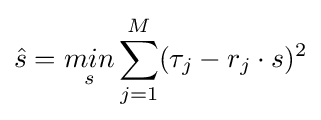
{\hat {s}}={\underset {s}{min}}\sum _{j=1}^{M}(\tau _{j}-r_{j}\cdot s)^{2}